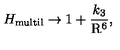
H _ { \mathrm { m u l t i l } } \rightarrow 1 + \frac { k _ { 3 } } { \mathrm { R } ^ { 6 } } ,